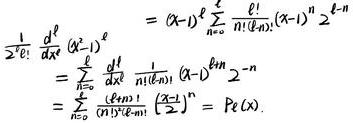
\[
\begin{align*}
\frac{1}{2^l \ell!} \frac{d^{\ell}}{d x^{\ell}}\left(x^{2}\right)^{\ell}&=(x-1)^{\ell} \sum_{n=0}^{\ell} \frac{\ell!}{n!(\ell-n)!}(x+1)^{n} 2^{-\ell-n}\\
&=\sum_{n=0}^{\ell} \frac{\ell!}{n!(\ell-n)!}(x-1)^{\ell-n} 2^{-n}\\
&=\sum_{n=0}^{\ell} \frac{\ell!}{n!(\ell-n)!}\left(\frac{x-1}{2}\right)^{n}=P_{\ell}(x).
\end{align*}
\]